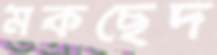
মকছেদ